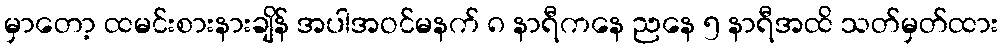
မှာတော့ ထမင်းစားနားချိန် အပါအဝင်မနက် ၈ နာရီကနေ ညနေ ၅ နာရီအထိ သတ်မှတ်ထား